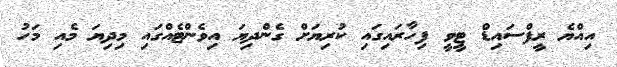
އިއްޔެ ރީފްސައިޑް ޓީވީ ފިހާރައިގައި ކުރިޔަށް ގެންދިޔަ އިވެންޓެއްގައި މިދިޔަ މެއި މަހު